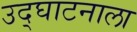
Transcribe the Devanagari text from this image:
उद्‌घाटनाला